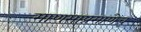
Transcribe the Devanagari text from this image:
माणसाप्रमाणेच